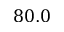
8 0 . 0